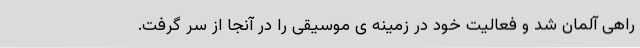
راهی آلمان شد و فعالیت خود در زمینه ی موسیقی را در آنجا از سر گرفت.